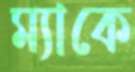
ম্যাকে